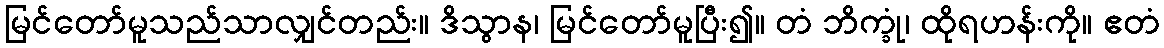
မြင်တော်မူသည်သာလျှင်တည်း။ ဒိသွာန၊ မြင်တော်မူပြီး၍။ တံ ဘိက္ခုံ၊ ထိုရဟန်းကို။ ဧတံ